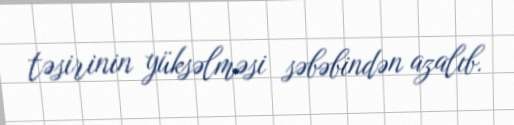
təsirinin yüksəlməsi səbəbindən azalıb.